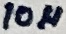
Text: 10µ